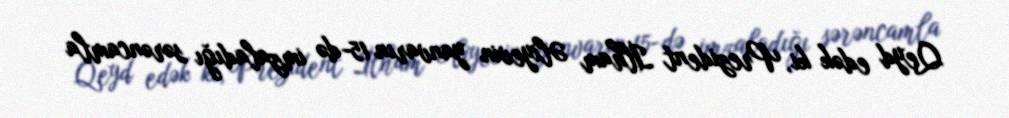
Qeyd edək ki, Prezident İlham Əliyevin yanvarın 15-də imzaladığı sərəncamla